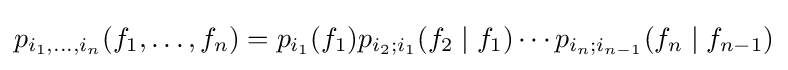
p_{i_{1},\ldots ,i_{n}}(f_{1},\ldots ,f_{n})=p_{i_{1}}(f_{1})p_{i_{2};i_{1}}(f_{2}\mid f_{1})\cdots p_{i_{n};i_{n-1}}(f_{n}\mid f_{n-1})